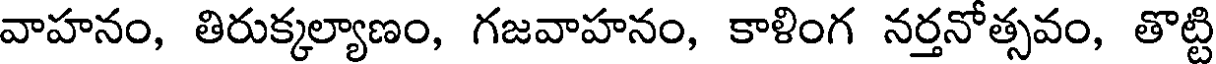
వాహనం, తిరుక్కల్యాణం, గజవాహనం, కాళింగ నర్తనోత్సవం, తొట్టి